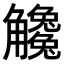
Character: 𧥒